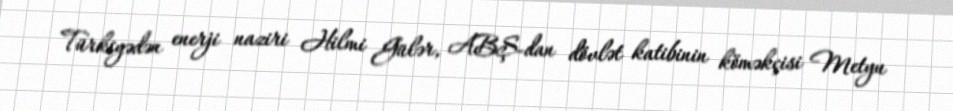
Türkiyədən enerji naziri Hilmi Gülər, ABŞ-dan dövlət katibinin köməkçisi Metyu